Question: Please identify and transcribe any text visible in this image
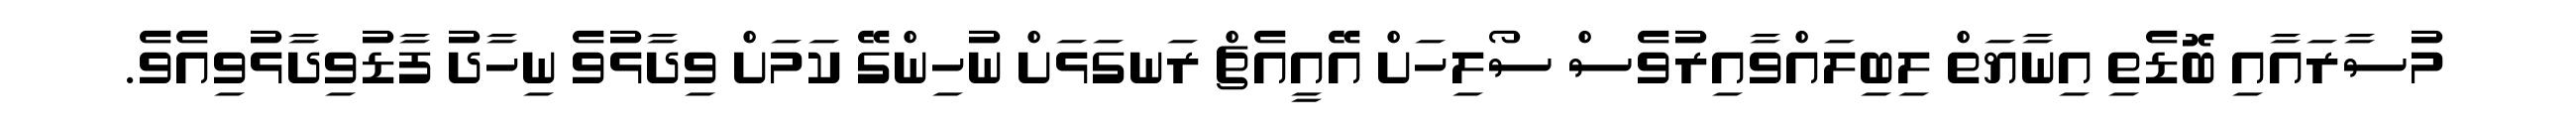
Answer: މުސާރައާއި ބޮޑެތި އިނާޔަތް ލިބިލައްވާއިރުވެސް ސޯލިހަށް އޭއީއެޗް ރަނގަޅަށް ނުހިންގޭ ކަމަށް ވިދާޅުވެ ނިހާދު ފާޑުވިދާޅުވިއެވެ.